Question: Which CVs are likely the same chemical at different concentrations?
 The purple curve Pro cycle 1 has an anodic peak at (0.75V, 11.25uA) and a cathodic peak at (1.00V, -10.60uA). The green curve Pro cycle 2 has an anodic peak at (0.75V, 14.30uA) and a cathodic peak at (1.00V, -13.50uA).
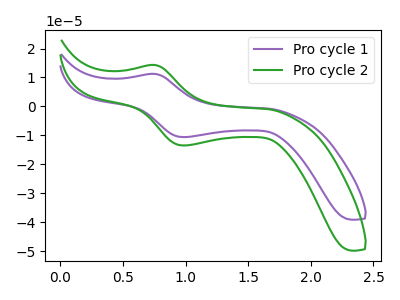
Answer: <think>All the peaks in "Pro cycle 1" have a peak in "Pro cycle 2" at the same potential. Every peak in "Pro cycle 1" is lower than every peak in "Pro cycle 2".
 </think>
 <answer>"Pro cycle 1" and "Pro cycle 2" have the same shape and are likely CV's of the same chemical.</answer>
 <eval>"Pro cycle 1" "Pro cycle 2"</eval>